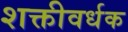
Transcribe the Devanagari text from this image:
शक्तीवर्धक